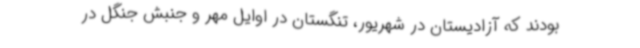
بودند که آزادیستان در شهریور، تنگستان در اوایل مهر و جنبش جنگل در